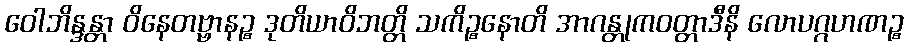
ဝေါဘိန္ဒန္တာ ဝိနေတဗ္ဗာနဉ္စ ဒုတိယာဝိဘတ္တိ သကိဉ္စနောတိ အာဂန္တုကဝတ္တာဒီနိ လောပဂ္ဂဟဏဉ္စ